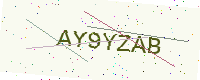
Text: AY9YZAB